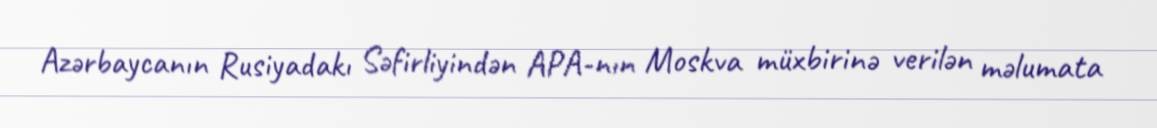
Azərbaycanın Rusiyadakı Səfirliyindən APA-nın Moskva müxbirinə verilən məlumata